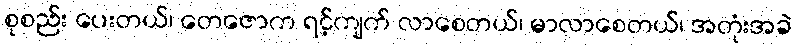
စုစည်း ပေးတယ်၊ တေဇောက ရင့်ကျက် လာစေတယ်၊ မာလာစေတယ်၊ အတုံးအခဲ